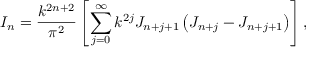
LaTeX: I _ { n } = \frac { k ^ { 2 n + 2 } } { \pi ^ { 2 } } \left[ \sum _ { j = 0 } ^ { \infty } k ^ { 2 j } J _ { n + j + 1 } \left( J _ { n + j } - J _ { n + j + 1 } \right) \right] ,